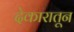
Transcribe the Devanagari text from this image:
देकारातून